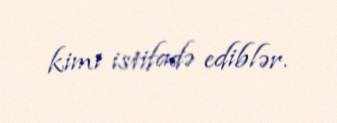
kimi istifadə ediblər.